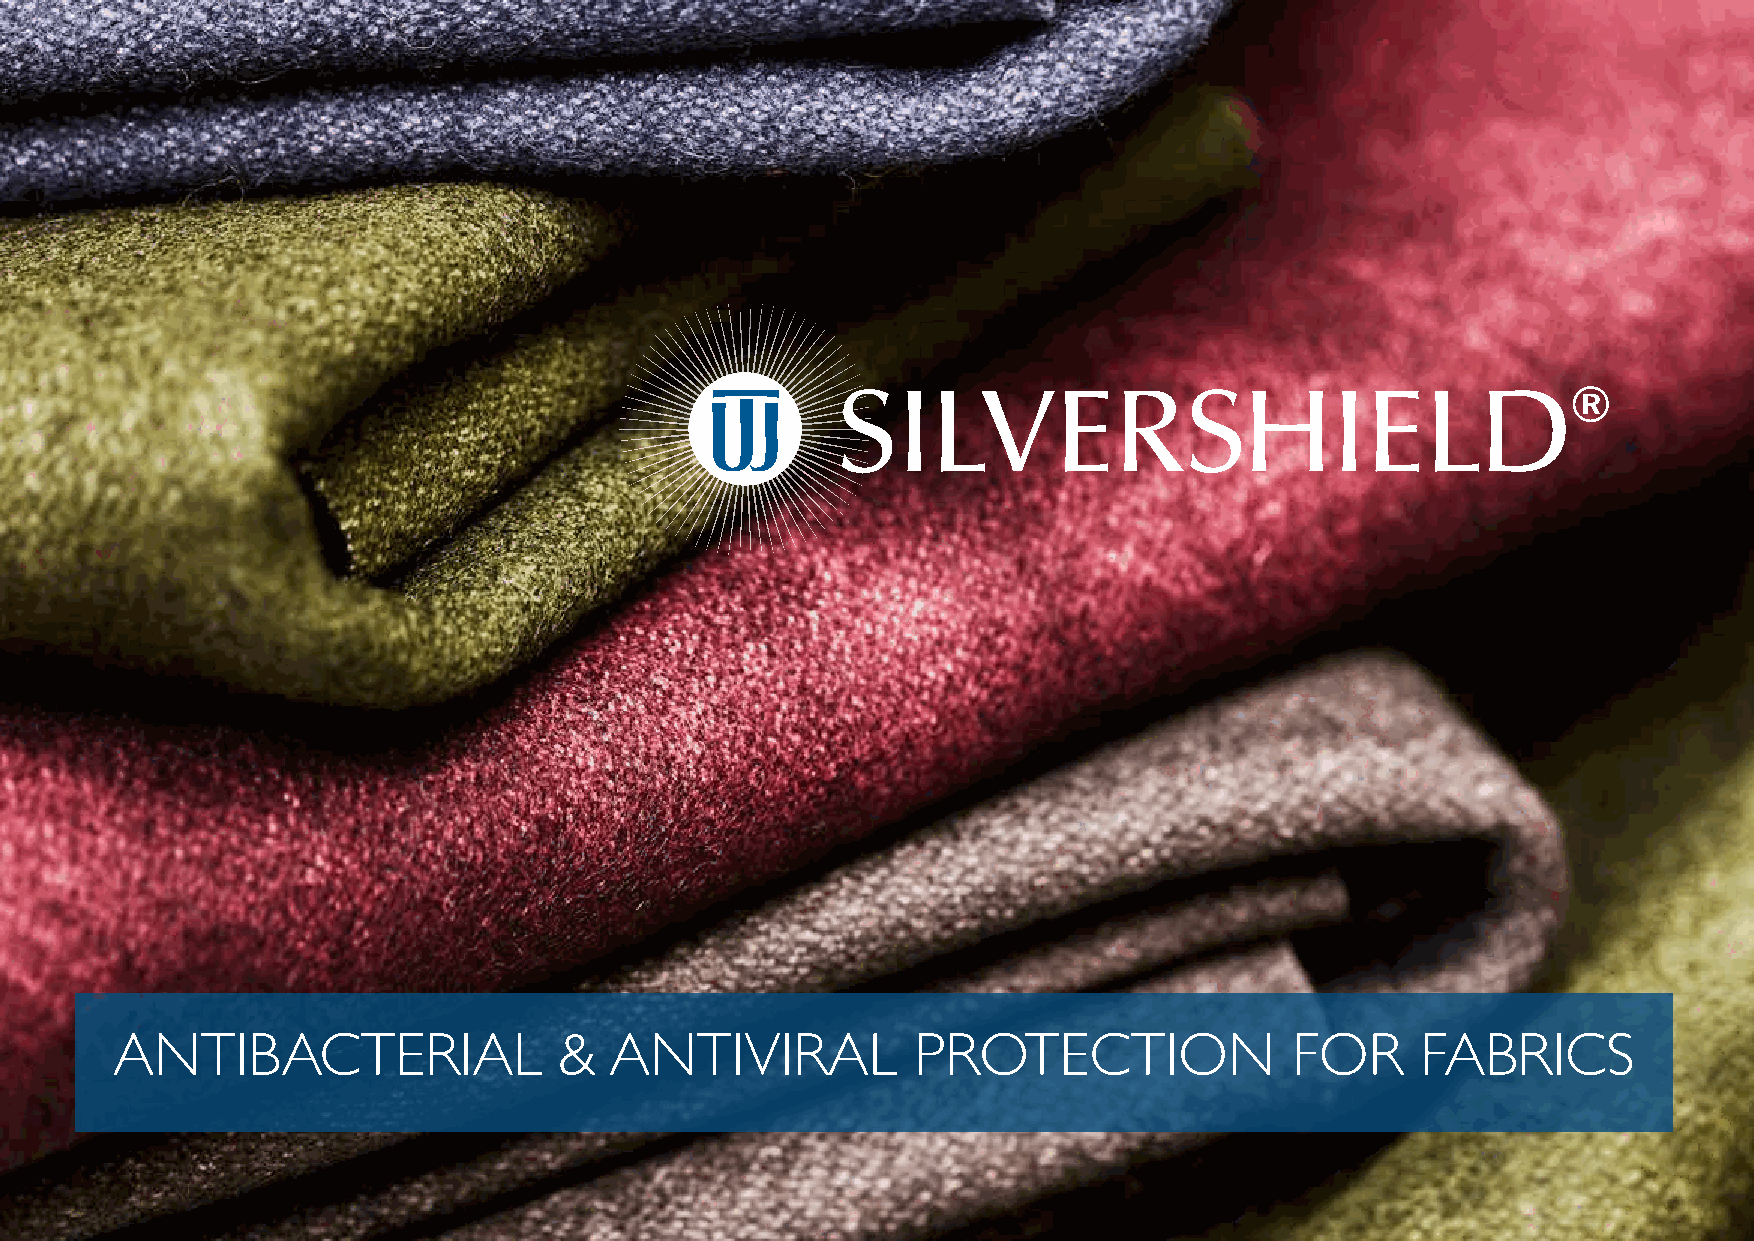
SILVERSHIELD®
 ANTIBACTERIAL                 &  ANTIVIRAL            PROTECTION               FOR     FABRICS